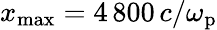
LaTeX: x_{\mathrm{max}}=4\, 800\, c/\omega_{\mathrm{p}}